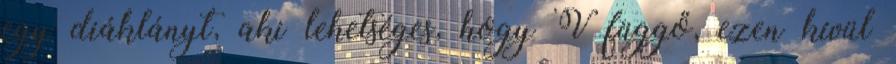
egy diáklányt, aki lehetséges, hogy V függő, ezen kívül